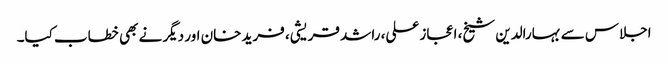
اجلاس سے بہارالدین شیخ، اعجاز علی، راشد قریشی، فرید خان اور دیگر نے بھی خطاب کیا۔